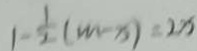
1 - \frac { 1 } { 2 } ( m - x ) = 2 x